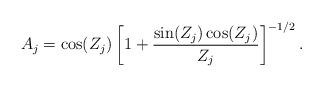
LaTeX: \begin{align*}A_j = \cos(Z_j) \left[ 1+\frac{\sin(Z_j)\cos(Z_j)}{Z_j}\right]^{-1/2}.\end{align*}